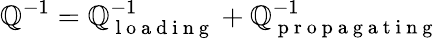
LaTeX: \mathbb{Q}^{-1}=\mathbb{Q}_{\mathrm{{~l~o~a~d~i~n~g~}}}^{-1}+\mathbb{Q}_{\mathrm{{~p~r~o~p~a~g~a~t~i~n~g~}}}^{-1}